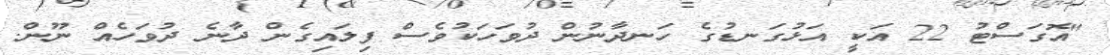
"އޮގަސްޓު 22 އަކީ އަޅުގަނޑުގެ ހަނދާނުން ދުވަހަކުވެސް ފިލައިގެން ދާނެ ދުވަހެއް ނޫން.